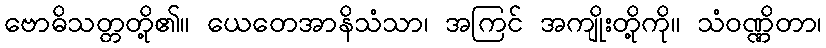
ဗောဓိသတ္တတို့၏။ ယေတေအာနိသံသာ၊ အကြင် အကျိုးတို့ကို။ သံဝဏ္ဏိတာ၊